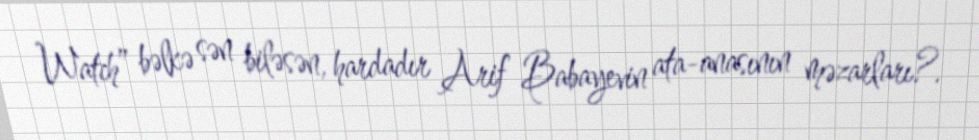
Watch” bəlkə sən biləsən, hardadır Arif Babayevin ata-anasının məzarları?.